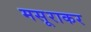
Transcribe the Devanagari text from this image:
मसूराकर